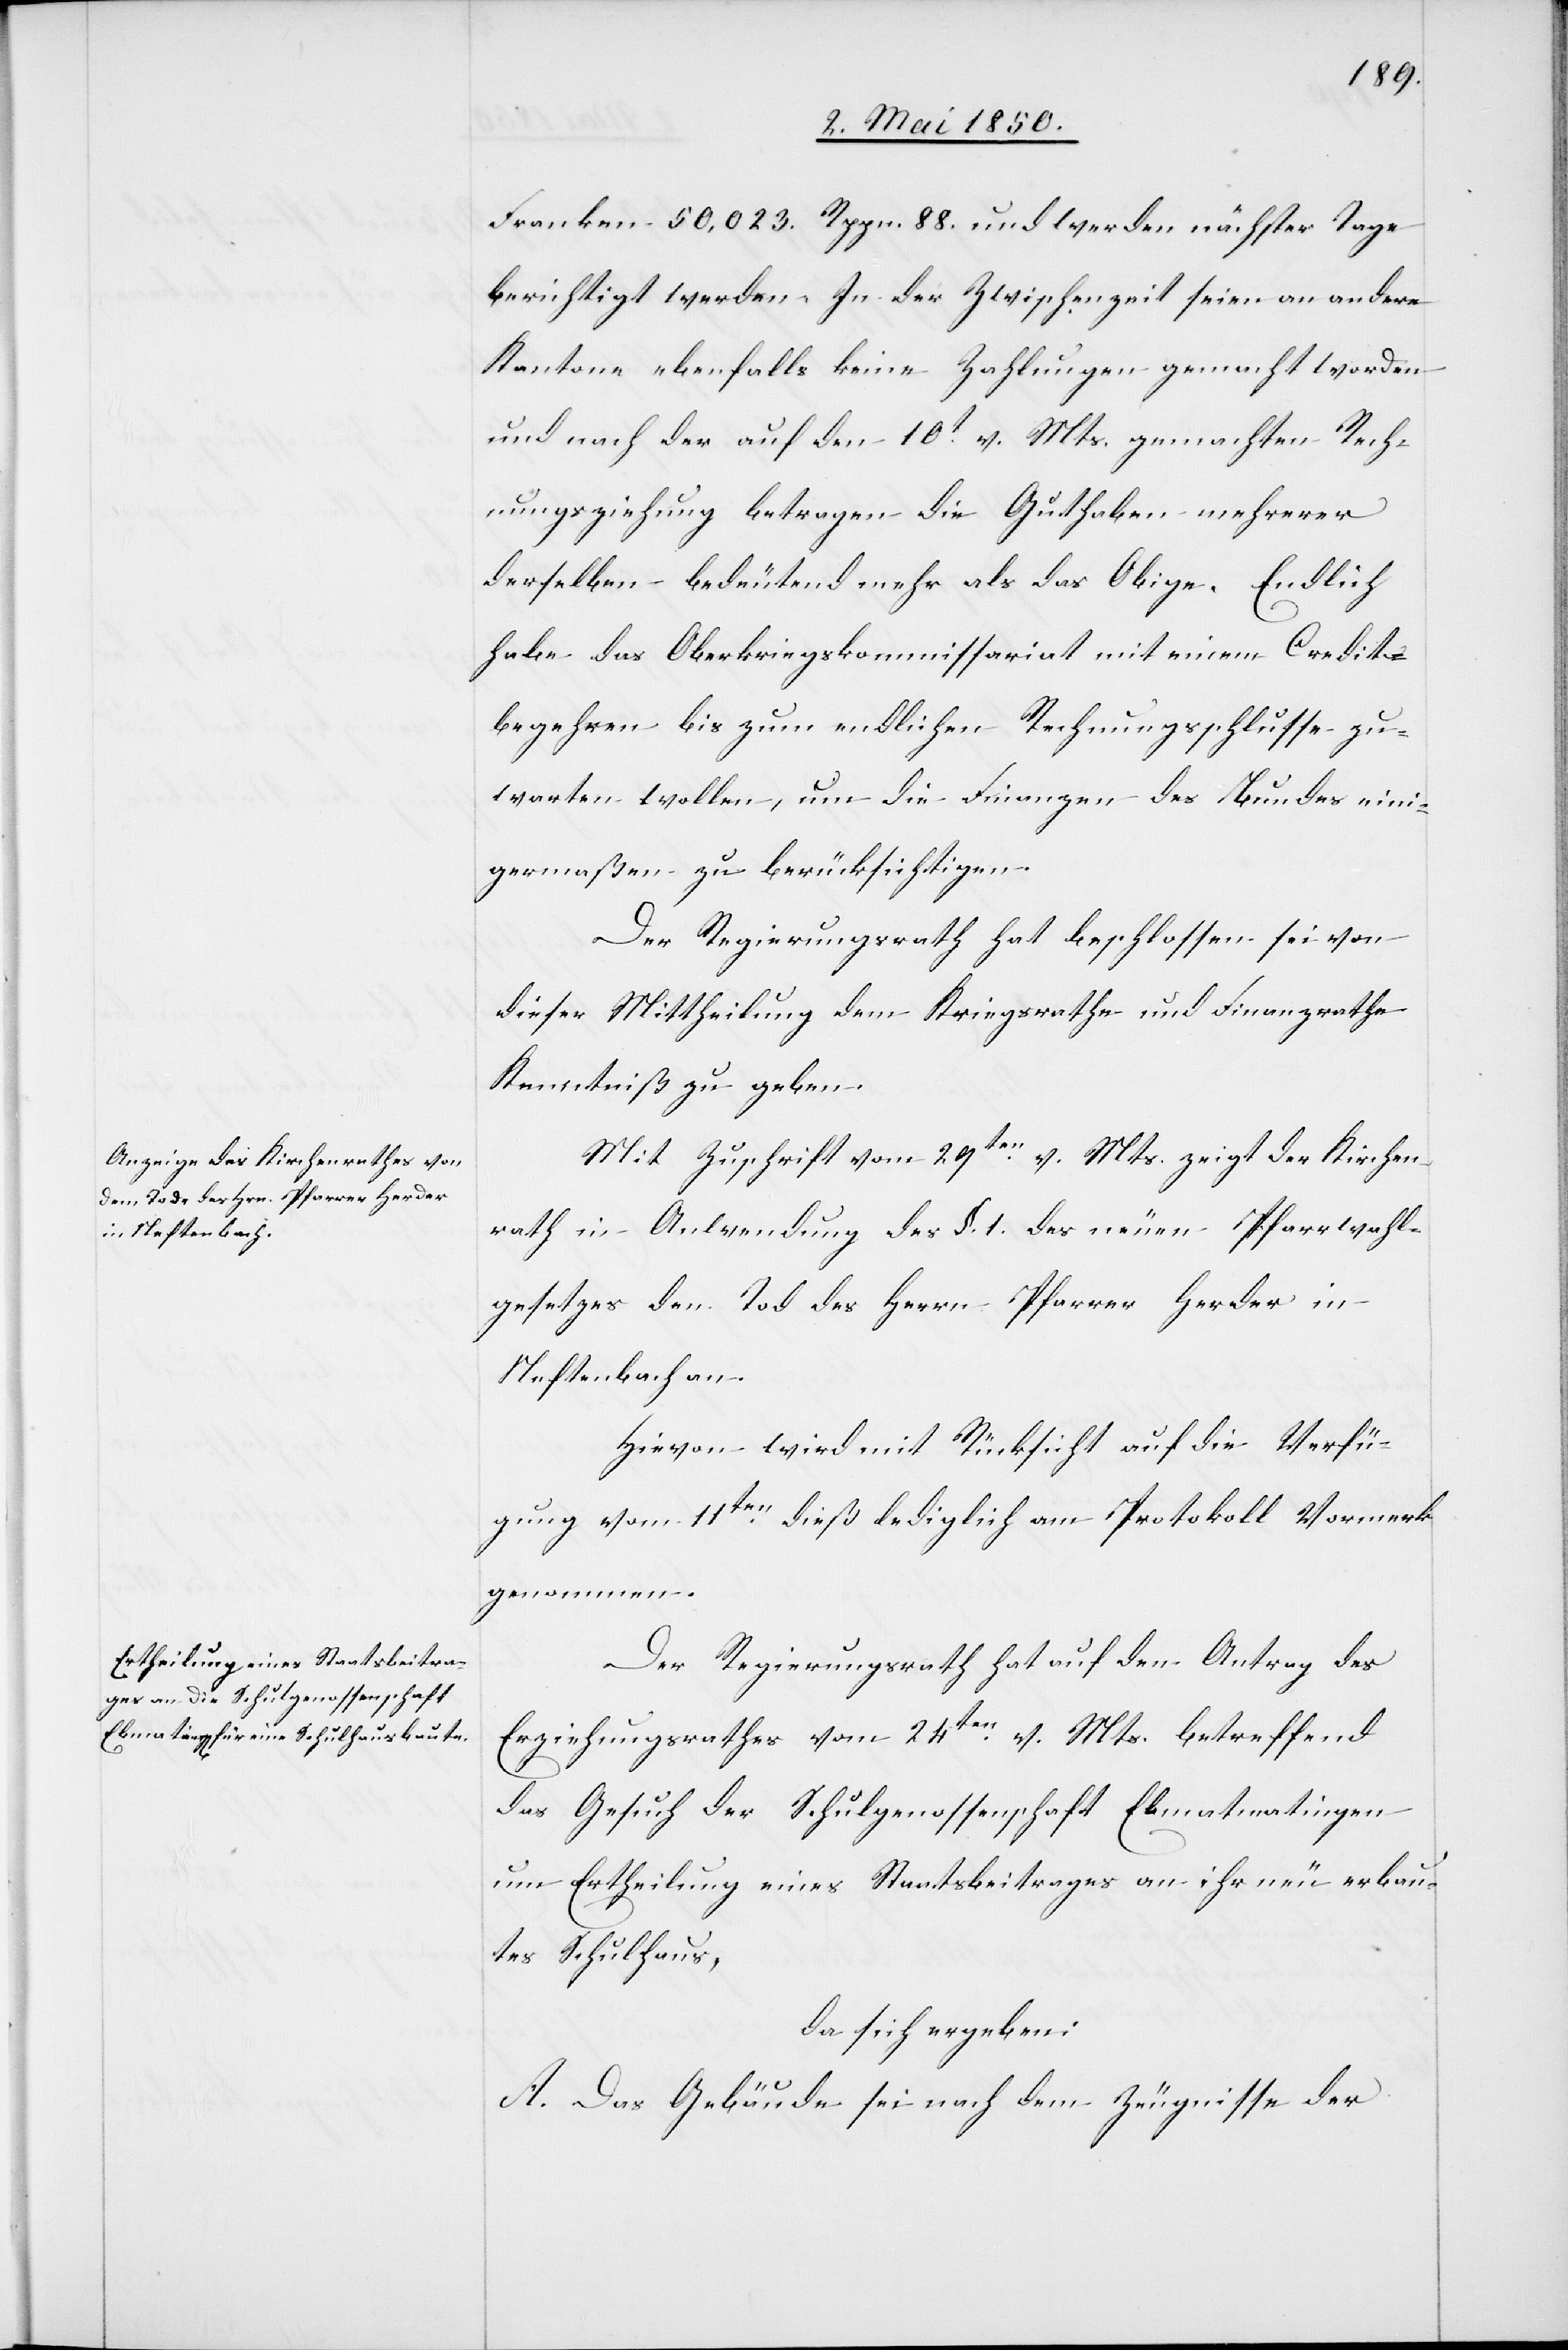
Franken 50,023. Rppn. 88. und werden nächster Tage
berichtigt werden. In der Zwischenzeit seien an andere
Kantone ebenfalls keine Zahlungen gemacht worden
und nach der auf den 10t v. Mts. gemachten Rech¬
nungsziehung betragen die Guthaben mehrerer
derselben bedeutend mehr als das Obige. Endlich
habe das Oberkriegskommissariat mit einem Credit¬
begehren bis zum endlichen Rechnungsschlusse zu¬
warten wollen, um die Finanzen des Bundes eini¬
germaßen zu berücksichtigen.
Der Regierungsrath hat beschlossen sei von
dieser Mittheilung dem Kriegsrathe und Finanzrathe
Kenntniß zu geben.
Mit Zuschrift vom 29ten v. Mts. zeigt der Kirchen¬
rath in Anwendung des §. 1. des neuen Pfarrwahl¬
gesetzes den Tod des Herrn Pfarrer Herder in
Neftenbach an.
Hievon wird mit Rücksicht auf die Verfü¬
gung vom 11ten dieß lediglich am Protokoll Vormerk
genommen.
Der Regierungsrath hat auf den Antrag des
Erziehungsrathes vom 24ten v. Mts. betreffend
das Gesuch der Schulgenossenschaft Ebmatmatingen
um Ertheilung eines Staatsbeitrages an ihr neu erbau¬
tes Schulhaus,
da sich ergeben:
A. Das Gebäude sei nach dem Zeugnisse der